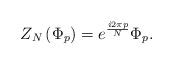
\begin{align*}Z_{N}\left( \Phi _{p}\right) =e^{\frac{i2\pi p}{N}}\Phi _{p}. \end{align*}